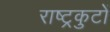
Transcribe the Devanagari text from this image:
राष्‍ट्रकुटों